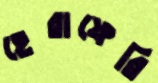
হেরাফেরি